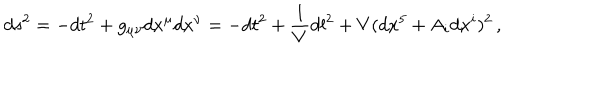
d s ^ { 2 } = - d t ^ { 2 } + g _ { \mu \nu } d x ^ { \mu } d x ^ { \nu } = - d t ^ { 2 } + \frac { 1 } { V } d l ^ { 2 } + V ( d x ^ { 5 } + A _ { i } d x ^ { i } ) ^ { 2 } \, ,